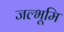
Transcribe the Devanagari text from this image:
जल्भूमि